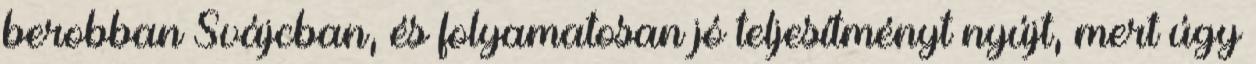
berobban Svájcban, és folyamatosan jó teljesítményt nyújt, mert úgy